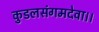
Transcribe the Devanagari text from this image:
कुडलसंगमदेवा।।